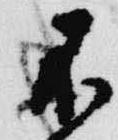
不